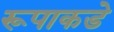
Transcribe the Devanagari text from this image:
रूपाकडे